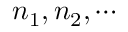
n _ { 1 } , n _ { 2 } , \cdots